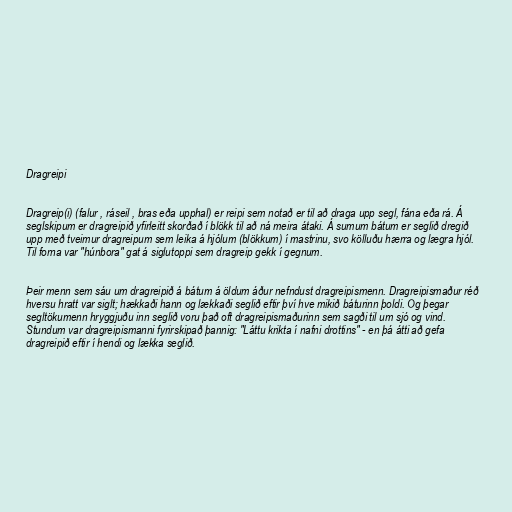
Dragreipi

Dragreip(i) (falur , ráseil , bras eða upphal) er reipi sem notað er til að draga upp segl, fána eða rá. Á
seglskipum er dragreipið yfirleitt skorðað í blökk til að ná meira átaki. Á sumum bátum er seglið dregið
upp með tveimur dragreipum sem leika á hjólum (blökkum) í mastrinu, svo kölluðu hærra og lægra hjól.
Til forna var "húnbora" gat á siglutoppi sem dragreip gekk í gegnum.

Þeir menn sem sáu um dragreipið á bátum á öldum áður nefndust dragreipismenn. Dragreipismaður réð
hversu hratt var siglt; hækkaði hann og lækkaði seglið eftir því hve mikið báturinn þoldi. Og þegar
segltökumenn hryggjuðu inn seglið voru það oft dragreipismaðurinn sem sagði til um sjó og vind.
Stundum var dragreipismanni fyrirskipað þannig: "Láttu krikta í nafni drottins" - en þá átti að gefa
dragreipið eftir í hendi og lækka seglið.